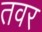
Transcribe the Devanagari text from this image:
तवर